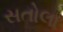
સતોલા